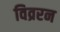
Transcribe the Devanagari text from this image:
विव्ररन